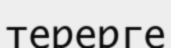
терерге